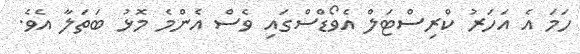
ހަމަ އެ އަހަރު ކްރިސްޓަލް އެވޯޑްސްގައި ވެސް އެންމެ މޮޅު ބަތަލާ އެވެ.